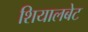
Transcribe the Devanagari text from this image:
शियालबेट